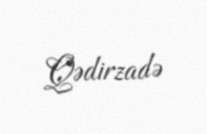
Qədirzadə